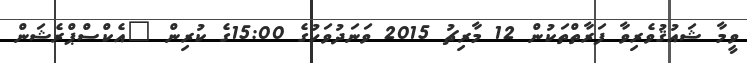
ވީމާ ޝައުޤުވެރިވާ ފަރާތްތަކުން 12 މާރިޗު 2015 ވަނަދުވަހުގެ 15:00ގެ ކުރިން "އެކްސްޕްރެޝަން